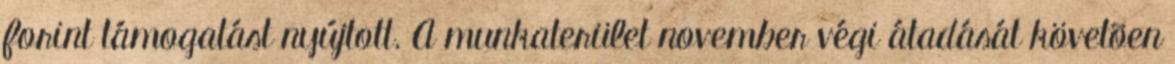
forint támogatást nyújtott. A munkaterület november végi átadását követõen